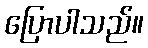
ပြောပါသည်။